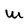
Character: W